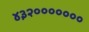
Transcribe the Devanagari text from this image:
४३२०००००००